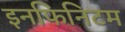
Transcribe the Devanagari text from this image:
इनफिनिटम